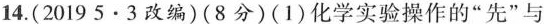
14.(2019 5 · 3改编)(8分)(1)化学实验操作的”先”与